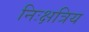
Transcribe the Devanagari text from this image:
निःक्षत्रिय